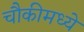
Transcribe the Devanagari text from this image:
चौकीमध्ये